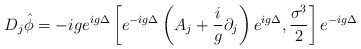
\begin{align*}D_{j} \hat{\phi} = -ig e^{ig \Delta} \left[ e^{-ig \Delta} \left( A_{j}+ \frac{i}{g} \partial_{j} \right) e^{ig \Delta} , \frac{\sigma^{3}}{2}\right] e^{-ig \Delta}\end{align*}